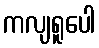
ကလျရူပေါ